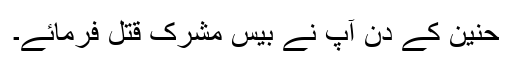
حنین کے دن آپ نے بیس مشرک قتل فرمائے۔